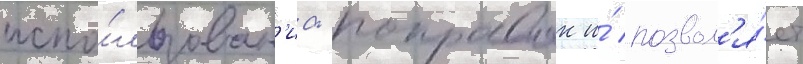
испо́льзован'иа -поправок и́ позвол'я́ет